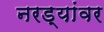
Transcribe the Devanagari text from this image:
नरड्यांवर